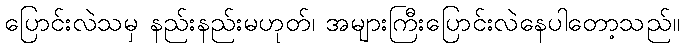
ပြောင်းလဲသမှ နည်းနည်းမဟုတ်၊ အများကြီးပြောင်းလဲနေပါတော့သည်။